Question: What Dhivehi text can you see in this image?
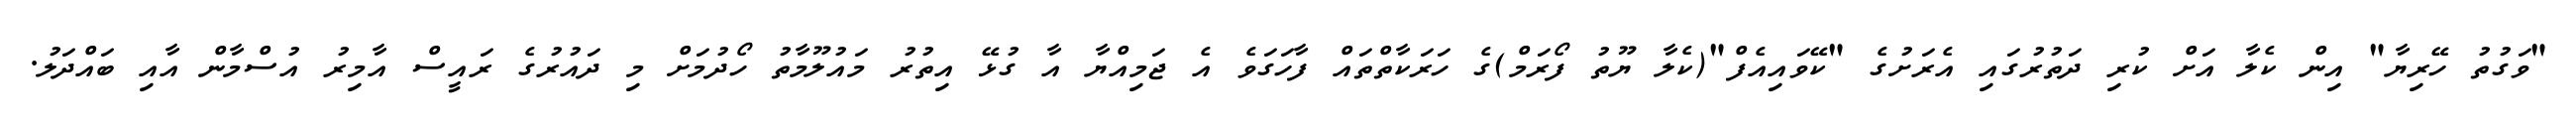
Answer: "ވަގުތު ހޭރިޔާ" އިން ކެލާ އަށް ކުރި ދަތުރުގައި އެރަށުގެ "ކޭވައިއެފް"(ކެލާ ޔޫތު ފޯރަމް)ގެ ހަރަކާތްތައް ފާހަގަވެ އެ ޖަމިއްޔާ އާ ގުޅޭ އިތުރު މައުލޫމާތު ހޯދުމަށް މި ދައުރުގެ ރައީސް އާމިރު އުސްމާން އާއި ބައްދަލު.